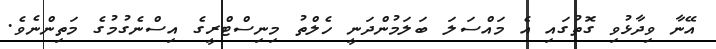
އޭނާ ވިދާޅުވި ގޮތުގައި އެ މައްސަލަ ބަލަމުންދަނީ ހެލްތު މިނިސްޓްރީގެ އިސްނެގުމުގެ މަތިންނެވެ.